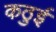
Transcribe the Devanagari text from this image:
कठुई